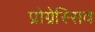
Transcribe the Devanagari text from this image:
प्रोग्रेस्सिव